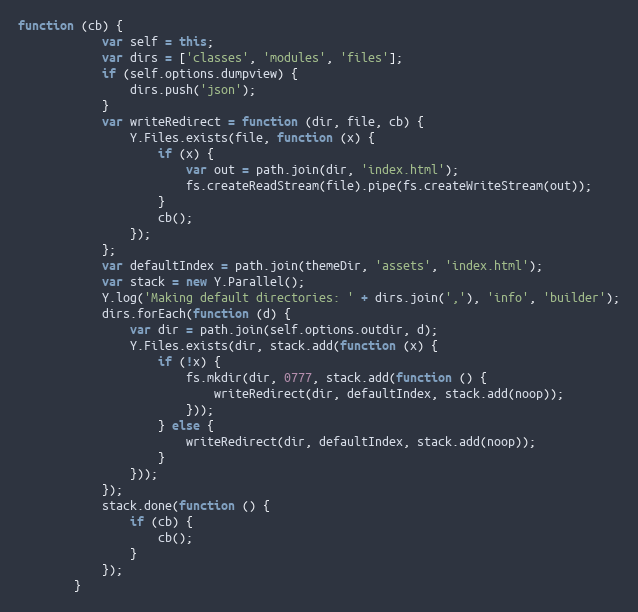
Language: JavaScript
function (cb) {
            var self = this;
            var dirs = ['classes', 'modules', 'files'];
            if (self.options.dumpview) {
                dirs.push('json');
            }
            var writeRedirect = function (dir, file, cb) {
                Y.Files.exists(file, function (x) {
                    if (x) {
                        var out = path.join(dir, 'index.html');
                        fs.createReadStream(file).pipe(fs.createWriteStream(out));
                    }
                    cb();
                });
            };
            var defaultIndex = path.join(themeDir, 'assets', 'index.html');
            var stack = new Y.Parallel();
            Y.log('Making default directories: ' + dirs.join(','), 'info', 'builder');
            dirs.forEach(function (d) {
                var dir = path.join(self.options.outdir, d);
                Y.Files.exists(dir, stack.add(function (x) {
                    if (!x) {
                        fs.mkdir(dir, 0777, stack.add(function () {
                            writeRedirect(dir, defaultIndex, stack.add(noop));
                        }));
                    } else {
                        writeRedirect(dir, defaultIndex, stack.add(noop));
                    }
                }));
            });
            stack.done(function () {
                if (cb) {
                    cb();
                }
            });
        }